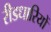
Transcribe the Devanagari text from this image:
रीडधारियों